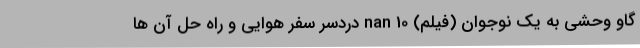
گاو وحشی به یک نوجوان (فیلم) nan 10 دردسر سفر هوایی و راه‌ حل آن ها